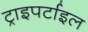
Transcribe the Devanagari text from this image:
ट्राइपर्टाइल